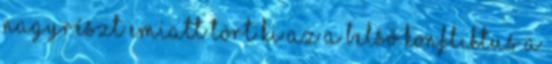
nagyrészt emiatt tört ki az a belső konfliktus a